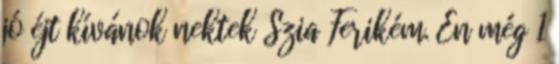
jó éjt kívánok nektek Szia Ferikém. Én még 1